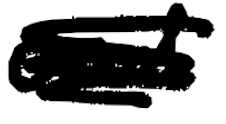
Text: and
Cross-out: mix
Writing tool: digital_black